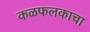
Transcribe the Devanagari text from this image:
कळफलकाचा